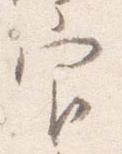
官